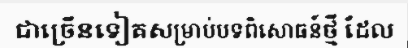
ជាច្រើនទៀតសម្រាប់បទពិសោធន៍ថ្មី ដែល